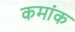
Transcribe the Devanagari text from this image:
कमांक